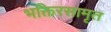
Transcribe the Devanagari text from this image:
भक्तिरसामृत